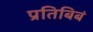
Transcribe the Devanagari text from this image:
प्रतिबिबं